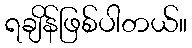
ရချိန်ဖြစ်ပါတယ်။